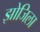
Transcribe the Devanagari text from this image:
झोजिला